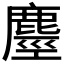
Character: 𪊵